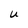
Character: U